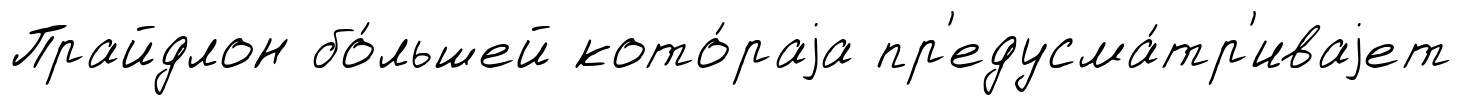
Прайдлон бо́льшей кото́раjа пр'едусма́тр'иваjет